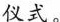
仪式。